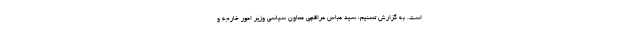
است. به گزارش تسنیم، سید عباس عراقچی معاون سیاسی وزیر امور خارجه و